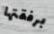
برفقتها